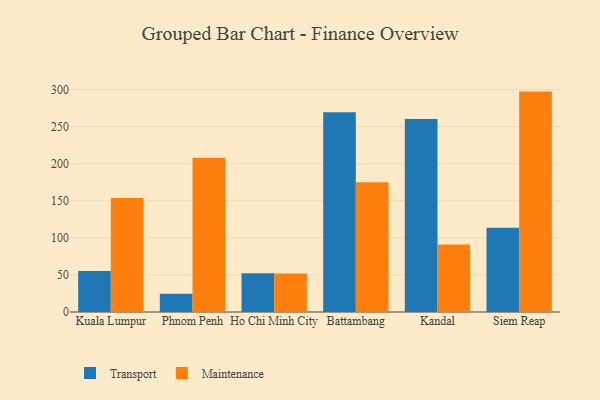
{"axis": {"x": "City", "y": "Net Income (USD K)"}, "legend": ["Maintenance", "Transport"], "data": [{"x": "Kuala Lumpur", "y": 55.2, "type": "Transport"}, {"x": "Kuala Lumpur", "y": 153.6, "type": "Maintenance"}, {"x": "Phnom Penh", "y": 24.6, "type": "Transport"}, {"x": "Phnom Penh", "y": 208.0, "type": "Maintenance"}, {"x": "Ho Chi Minh City", "y": 52.2, "type": "Transport"}, {"x": "Ho Chi Minh City", "y": 52.0, "type": "Maintenance"}, {"x": "Battambang", "y": 269.5, "type": "Transport"}, {"x": "Battambang", "y": 175.0, "type": "Maintenance"}, {"x": "Kandal", "y": 260.2, "type": "Transport"}, {"x": "Kandal", "y": 91.1, "type": "Maintenance"}, {"x": "Siem Reap", "y": 113.5, "type": "Transport"}, {"x": "Siem Reap", "y": 297.2, "type": "Maintenance"}]}